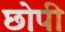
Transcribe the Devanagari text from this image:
छोपी